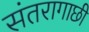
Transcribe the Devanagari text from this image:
संतरागाछी